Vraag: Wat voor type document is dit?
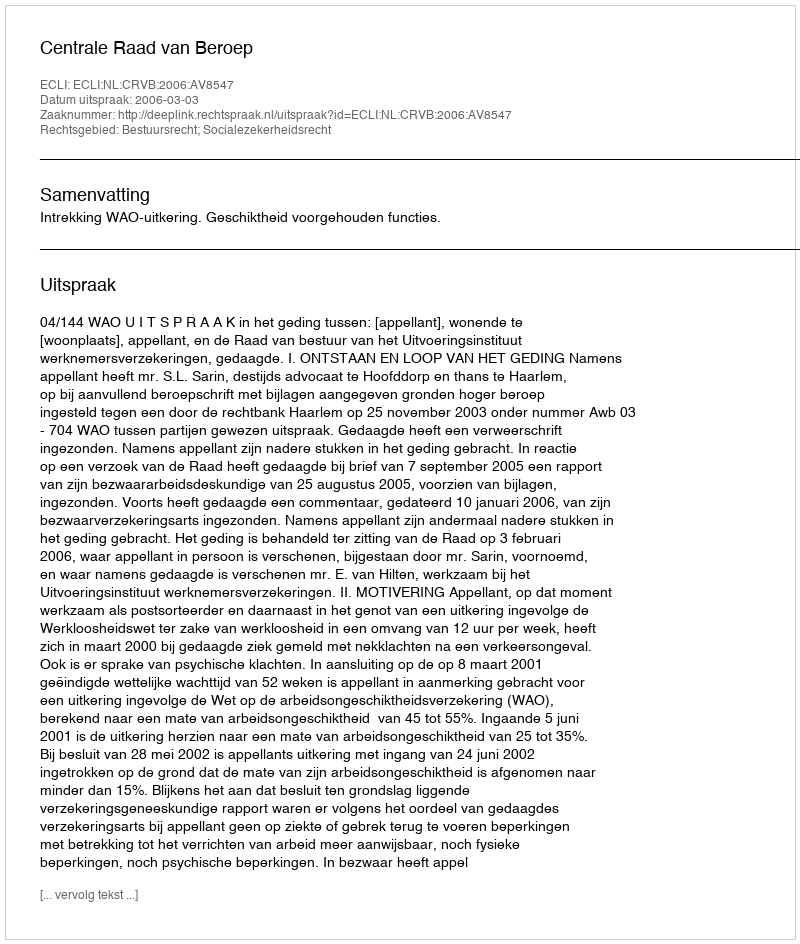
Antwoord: Uitspraak